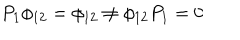
LaTeX: P _ { 1 } \phi _ { 1 2 } = \phi _ { 1 2 } \neq \phi _ { 1 2 } P _ { 1 } = 0